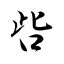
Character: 呰